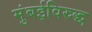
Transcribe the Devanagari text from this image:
मुंबईविरुद्ध